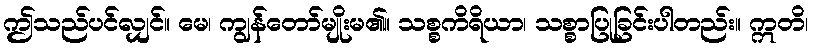
ဤသည်ပင်လျှင်။ မေ၊ ကျွန်တော်မျိုးမ၏။ သစ္စကိရိယာ၊ သစ္စာပြုခြင်းပါတည်း။ ဣတိ၊